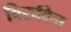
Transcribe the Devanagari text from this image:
बिरुबिन